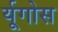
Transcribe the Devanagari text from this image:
र्यूगोस